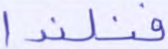
فنلندا